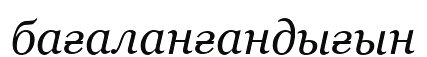
бағаланғандығын